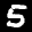
Label: 5